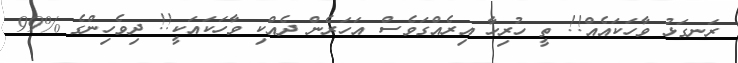
ރަނގަޅު ވާހަކައެއް!! ތީ ހުރިހާ އިރެއްގަވެސް އަހަރެން ދެއްކި ވާހަކައަކީ!! ދިވެހިންގެ %99